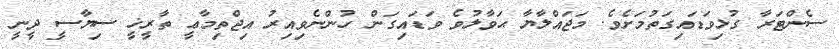
ސެންޓަރާ ގުޅިވަޑައިގަތުމަށެވެ. މަޖައްލާޔާ ޙަވާލުވެ ވަޑައިގަން ހުންނެވިއިރު އިޖްތިމާޢީ ތާރީޚީ ސިޔާސީ ދީނީ